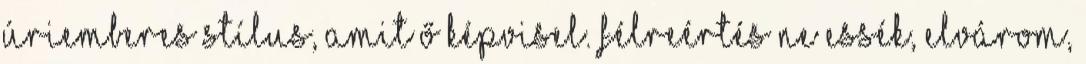
úriemberes stílus, amit ő képvisel. Félreértés ne essék, elvárom,